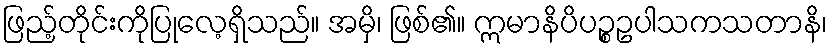
ဖြည့်တိုင်းကိုပြုလေ့ရှိသည်။ အမှိ၊ ဖြစ်၏။ ဣမာနိပိပဉ္စဥပါသကသတာနိ၊